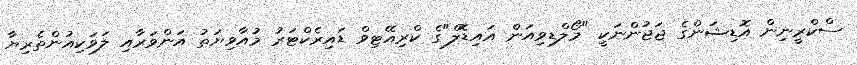
ސްކްރީނިން އޮޑިޝަންގެ ޖަޖުންނަކީ "މޯލްޑިވިއަން އައިޑޮލް"ގެ ކްރިއޭޓިވް ޑައިރެކްޓަރު މުއާވިޔަތު އަންވަރާއި ލަވަކިއުންތެރިޔާ